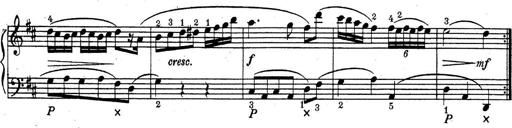
Title: ÄŒeskÃ© Sonatiny
Composer: Various